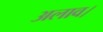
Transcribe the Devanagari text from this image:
अलाव।